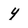
Character: 4